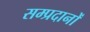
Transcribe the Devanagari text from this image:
सम्प्रदानों